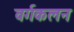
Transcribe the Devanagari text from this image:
वर्गकलन